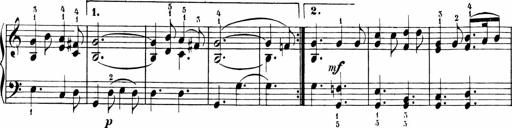
Title: 6 Liedersonatinen
Composer: Carl Reinecke